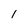
Character: 1